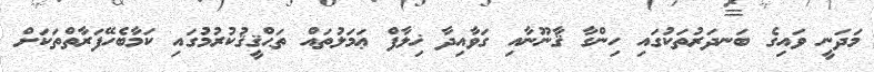
މަދަނީ ވައިގެ ބަނދަރުތަކުގައި ހިންގާ ޤާނޫނާއި ގަވާއިދާ ޚިލާފް ޢަމަލުތައް ތަޙްޤީޤުކުރުމުގައި ކަމާބެހޭފަރާތްތަކަށް